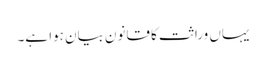
یہاں وراثت کا قانون بیان ہوا ہے۔